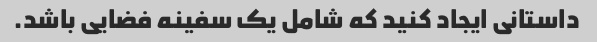
داستانی ایجاد کنید که شامل یک سفینه فضایی باشد.